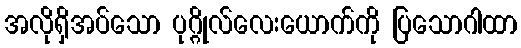
အလိုရှိအပ်သော ပုဂ္ဂိုလ်လေးယောက်ကို ပြသောဂါထာ